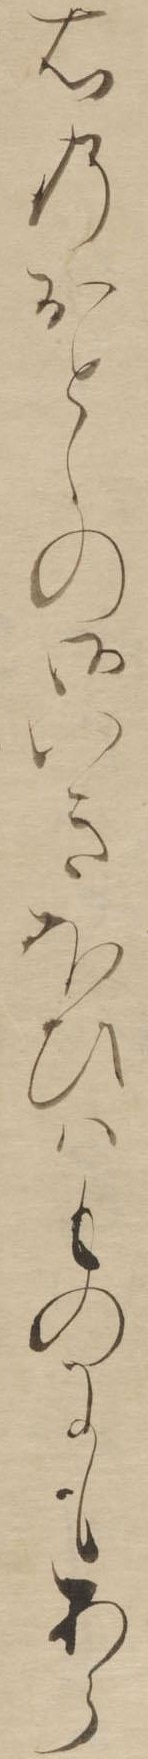
右のおとゝの御いきほひはものにもあら